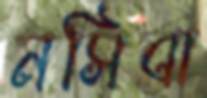
নসিবা